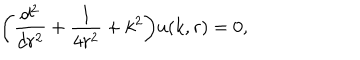
\biggl ( { \frac { d ^ { 2 } } { d r ^ { 2 } } } + { \frac { 1 } { 4 r ^ { 2 } } } + k ^ { 2 } \biggr ) u ( k , r ) = 0 ,